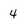
Character: 4